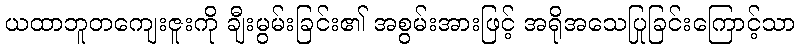
ယထာဘူတကျေးဇူးကို ချီးမွမ်းခြင်း၏ အစွမ်းအားဖြင့် အရိုအသေပြုခြင်းကြောင့်သာ